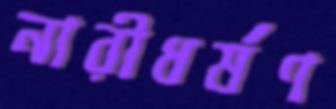
নারীধর্ষণ